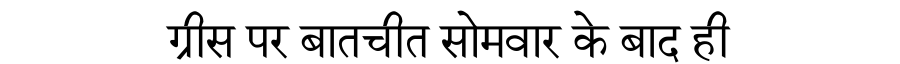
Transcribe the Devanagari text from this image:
ग्रीस पर बातचीत सोमवार के बाद ही